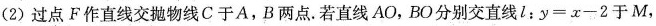
(2)过点F作直线交抛物线C于A，B两点。若直线AO，BO分别交直线l:$$y=x-2$$于M，